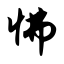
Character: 怫